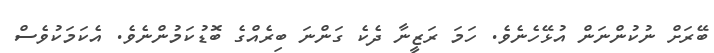
ބޭރަށް ނުކުންނަން އުޅޭހެނެވެ. ހަމަ ރަޒީނާ ދެކެ ގަންނަ ބިރެއްގެ ބޮޑުކަމުންނެވެ. އެކަމަކުވެސް